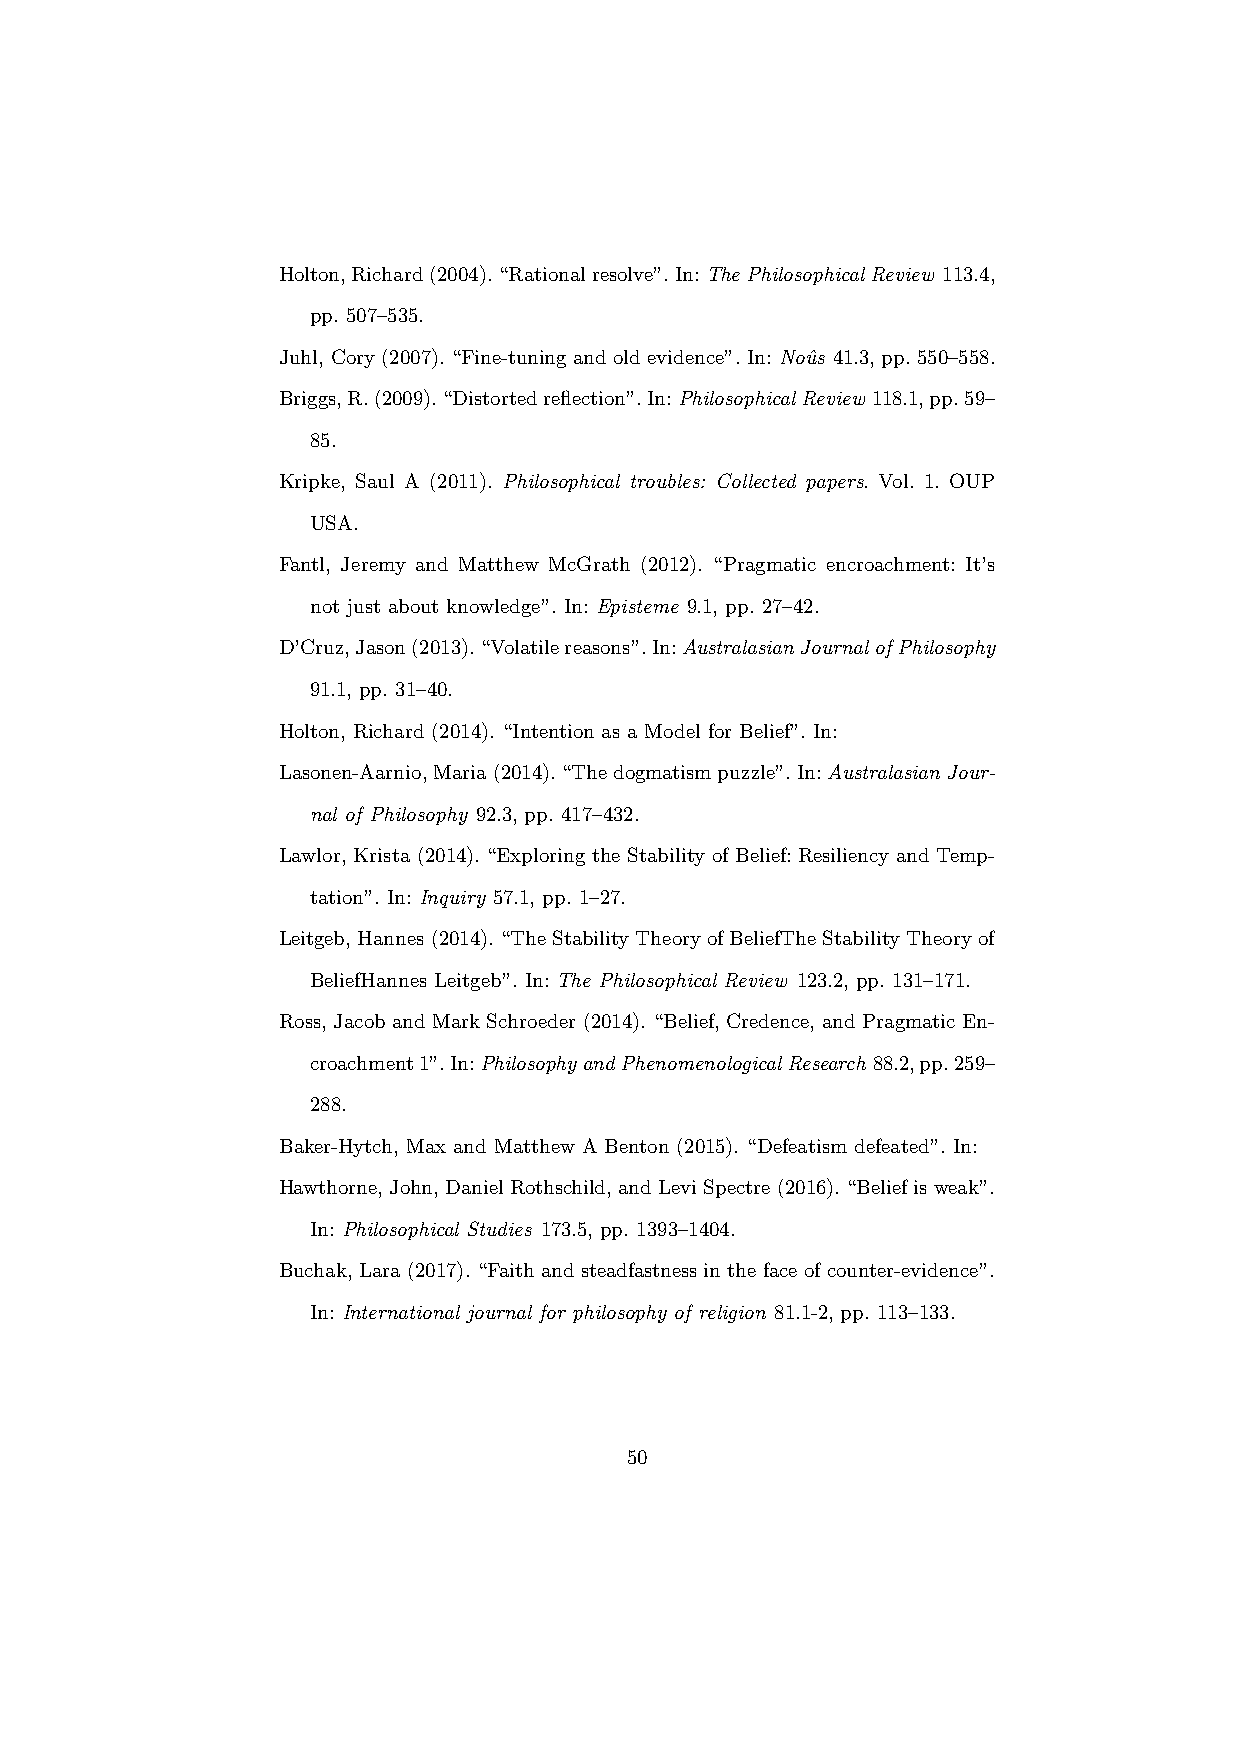
Holton,Richard(2004).“Rationalresolve”.In:The Philosophical Review 113.4,
 pp. 507–535.
 Juhl, Cory (2007). “Fine-tuning and old evidence”. In: Nouˆs 41.3, pp. 550–558.
 Briggs,R.(2009).“Distortedreflection”.In:PhilosophicalReview 118.1,pp.59–
 85.
 Kripke, Saul A (2011). Philosophical troubles: Collected papers. Vol. 1. OUP
 USA.
 Fantl, Jeremy and Matthew McGrath (2012). “Pragmatic encroachment: It’s
 not just about knowledge”. In: Episteme 9.1, pp. 27–42.
 D’Cruz,Jason(2013).“Volatilereasons”.In:AustralasianJournalofPhilosophy
 91.1, pp. 31–40.
 Holton, Richard (2014). “Intention as a Model for Belief”. In:
 Lasonen-Aarnio,Maria(2014).“Thedogmatismpuzzle”.In:Australasian Jour-
 nal of Philosophy 92.3, pp. 417–432.
 Lawlor, Krista (2014). “Exploring the Stability of Belief: Resiliency and Temp-
 tation”. In: Inquiry 57.1, pp. 1–27.
 Leitgeb,Hannes(2014).“TheStabilityTheoryofBeliefTheStabilityTheoryof
 BeliefHannes Leitgeb”. In: The Philosophical Review 123.2, pp. 131–171.
 Ross, Jacob and Mark Schroeder (2014). “Belief, Credence, and Pragmatic En-
 croachment1”.In:PhilosophyandPhenomenologicalResearch 88.2,pp.259–
 288.
 Baker-Hytch, Max and Matthew A Benton (2015). “Defeatism defeated”. In:
 Hawthorne,John,DanielRothschild,andLeviSpectre(2016).“Beliefisweak”.
 In: Philosophical Studies 173.5, pp. 1393–1404.
 Buchak, Lara (2017). “Faith and steadfastness in the face of counter-evidence”.
 In: International journal for philosophy of religion 81.1-2, pp. 113–133.
 50